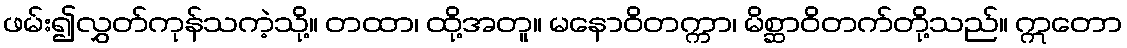
ဖမ်း၍လွှတ်ကုန်သကဲ့သို့။ တထာ၊ ထို့အတူ။ မနောဝိတက္ကာ၊ မိစ္ဆာဝိတက်တို့သည်။ ဣတော